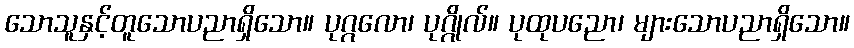
သောသူနှင့်တူသောပညာရှိသော။ ပုဂ္ဂလော၊ ပုဂ္ဂိုလ်။ ပုထုပညော၊ များသောပညာရှိသော။